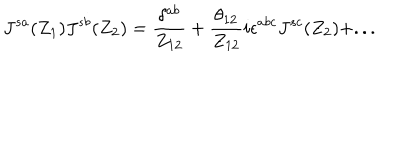
LaTeX: J ^ { s a } ( Z _ { 1 } ) J ^ { s b } ( Z _ { 2 } ) = \frac { \delta ^ { a b } } { Z _ { 1 2 } } + \frac { \theta _ { 1 2 } } { Z _ { 1 2 } } i \epsilon ^ { a b c } J ^ { s c } ( Z _ { 2 } ) + . . .